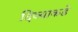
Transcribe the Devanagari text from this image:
दिव्याकडे